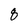
Character: 8